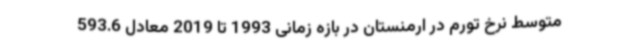
متوسط نرخ تورم در ارمنستان در بازه زمانی 1993 تا 2019 معادل 593.6